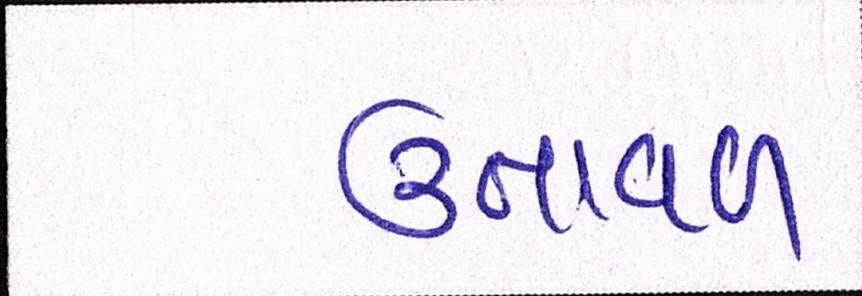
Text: ઉતાવળ